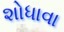
શોધાવા